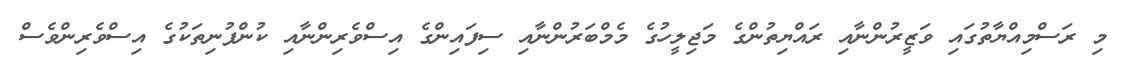
މި ރަސްމިއްޔާތުގައި ވަޒީރުންނާއި ރައްޔިތުންގެ މަޖިލީހުގެ މެމްބަރުންނާއި ސިފައިންގެ އިސްވެރިންނާއި ކުންފުނިތަކުގެ އިސްވެރިންވެސް